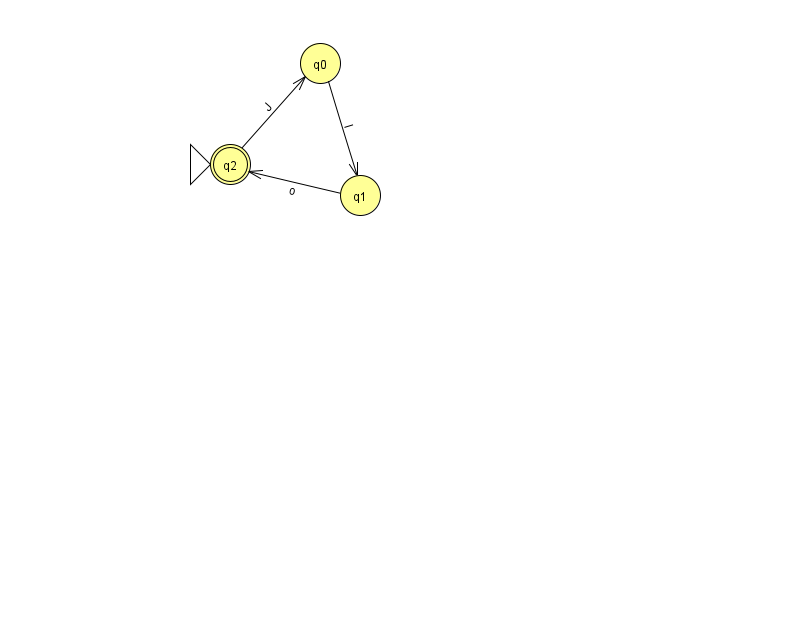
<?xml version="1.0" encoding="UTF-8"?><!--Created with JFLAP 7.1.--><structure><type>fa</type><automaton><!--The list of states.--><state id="0" name="q0"><x>320.0</x><y>50.0</y></state><state id="1" name="q1"><x>360.0</x><y>182.0</y></state><state id="2" name="q2"><x>230.0</x><y>151.0</y><initial/><final/></state><!--The list of transitions.--><transition><from>1</from><to>2</to><read>o</read></transition><transition><from>2</from><to>0</to><read>J</read></transition><transition><from>0</from><to>1</to><read>l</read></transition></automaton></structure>